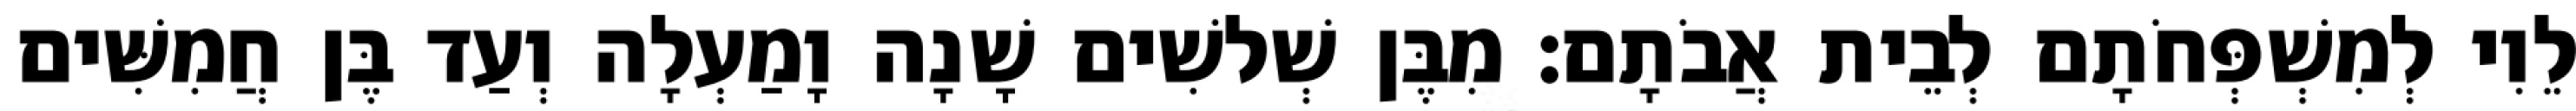
לֵוִי לְמִשְׁפְּחֹתָם לְבֵית אֲבֹתָם׃ מִבֶּן שְׁלשִׁים שָׁנָה וָמַעְלָה וְעַד בֶּן חֲמִשִּׁים